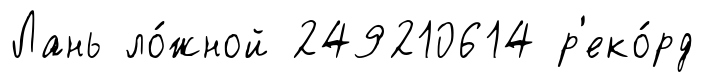
Лань ло́жной 249210614 р'еко́рд